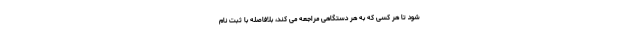
شود تا هر کسی که به هر دستگاهی مراجعه می کند، بلافاصله با ثبت نام